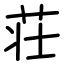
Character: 荘